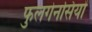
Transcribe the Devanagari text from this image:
फुलगेनसियों